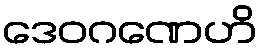
ဒေဝဂဏေဟိ